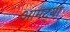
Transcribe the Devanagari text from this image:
आमट्या